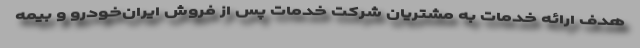
هدف ارائه خدمات به مشتریان شرکت خدمات پس از فروش ایران‌خودرو و بیمه